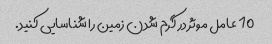
10 عامل موثر در گرم شدن زمین را شناسایی کنید.